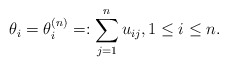
\begin{gather*}\theta_{i}= \theta_{i}^{(n)}=:\sum\limits_{j=1}^{n} u_{ij}, 1 \le i \le n.\end{gather*}